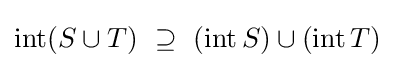
\operatorname {int} (S\cup T)~\supseteq ~(\operatorname {int} S)\cup (\operatorname {int} T)